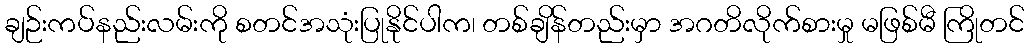
ချဉ်းကပ်နည်းလမ်းကို စတင်အသုံးပြုနိုင်ပါက၊ တစ်ချိန်တည်းမှာ အဂတိလိုက်စားမှု မဖြစ်မီ ကြိုတင်